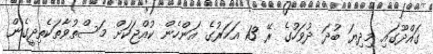
ގައްދޫގައި މިދިޔަ ބުދަ ދުވަހުގެ ރޭ 13 އަހަރުގެ އަންހެން ކުއްޖަކަށް މަސްތުވާތަކެތިދީގެން